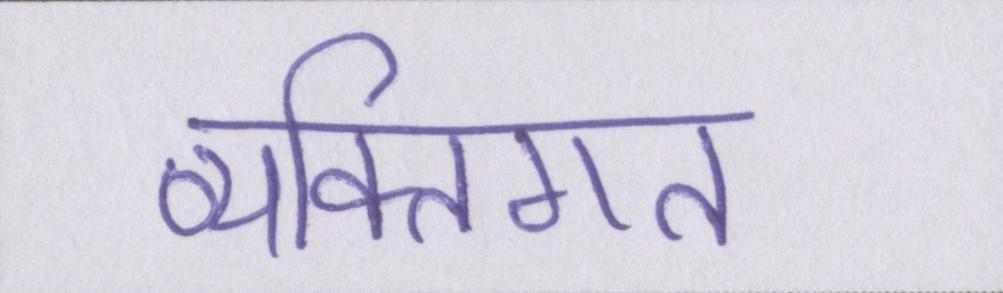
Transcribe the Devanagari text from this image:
व्यक्तिगत